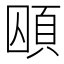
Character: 𮨃